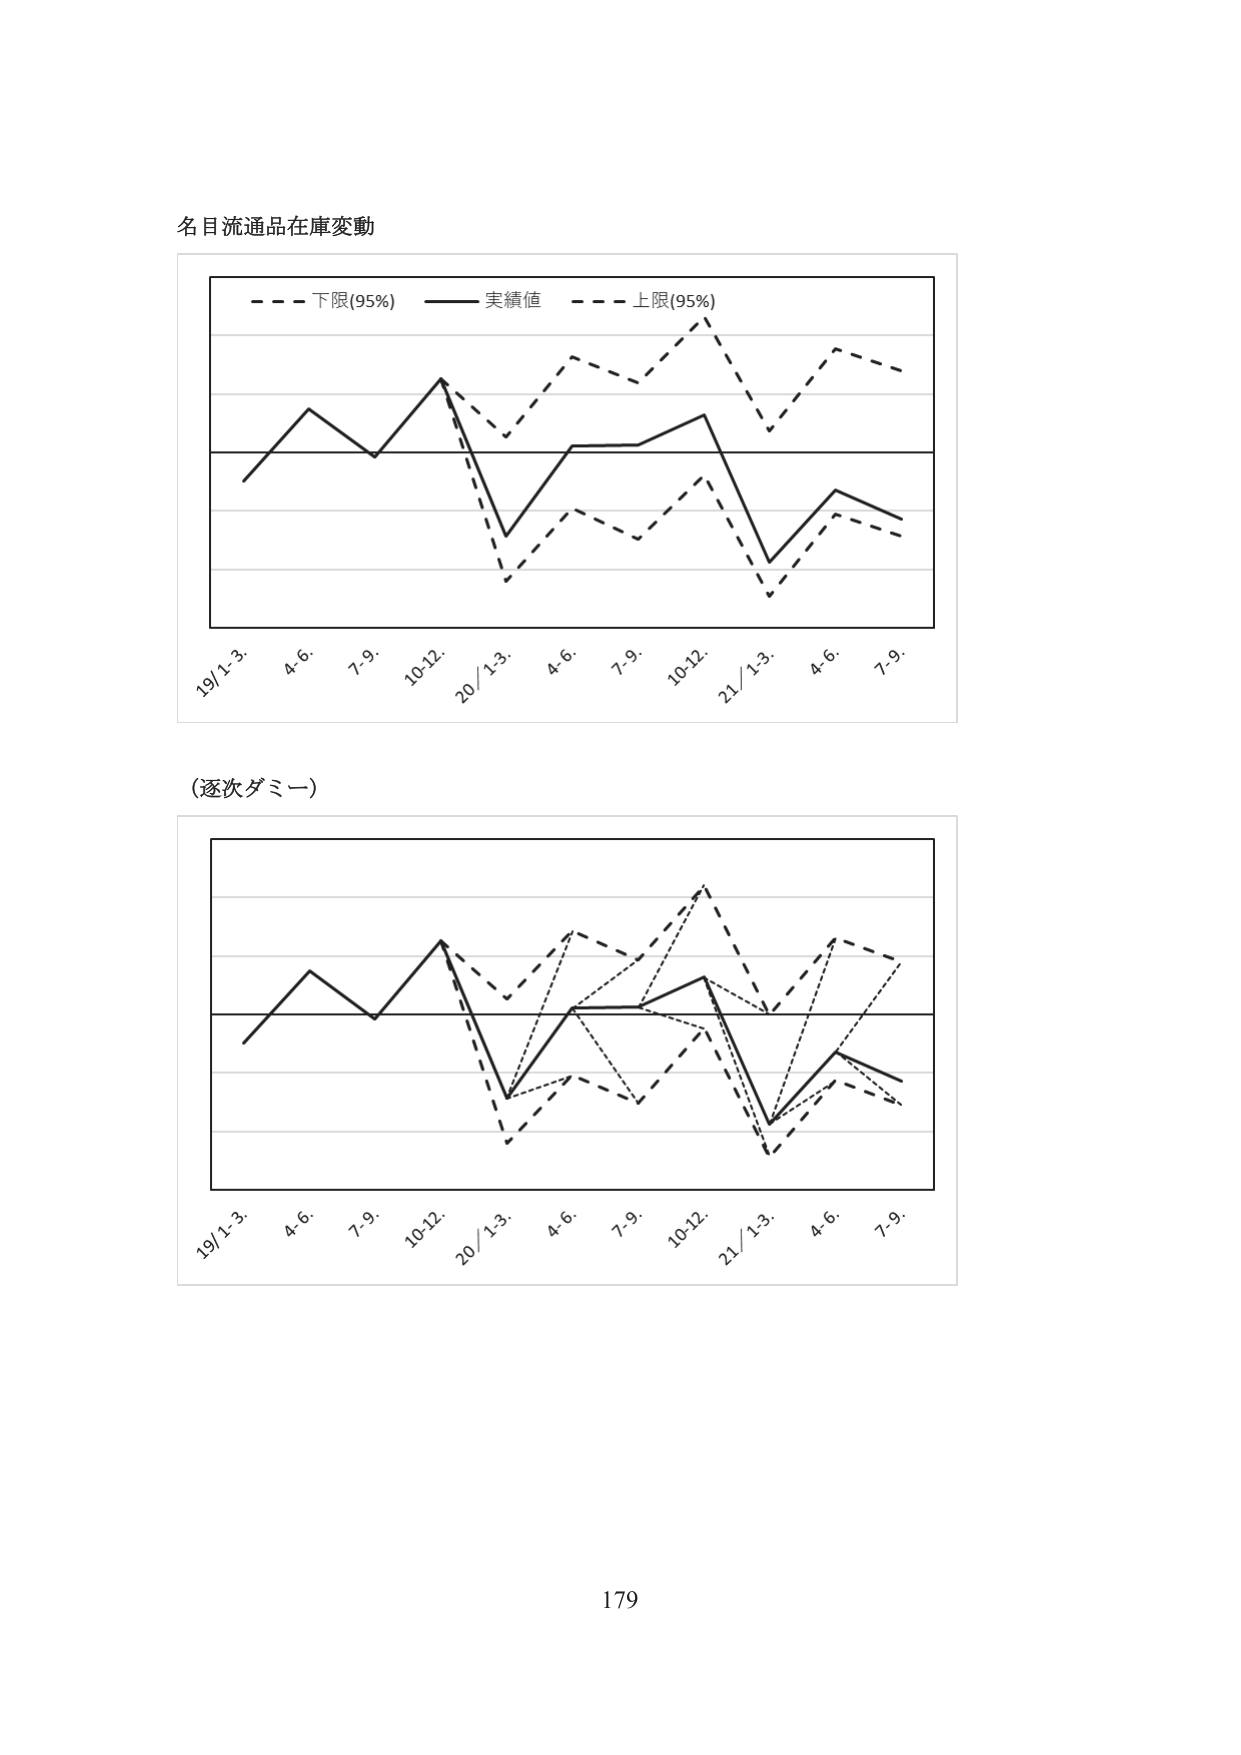
名目流通品在庫変動

- - - 下限(95%) —— 実績値 - - - 上限(95%)

19/1-3. 4.6. 7.9. 10-12. 20/1-3. 4.6. 7.9. 10-12. 21/1-3. 4.6. 7.9.

(逐次ダミー)

19/1-3. 4.6. 7.9. 10-12. 20/1-3. 4.6. 7.9. 10-12. 21/1-3. 4.6. 7.9.

179